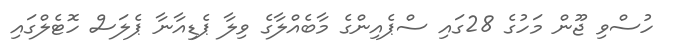
ހުސްވި ޖޫން މަހުގެ 28ގައި ސްޕެއިންގެ މާބެއްލާގެ ވިލާ ޕެޑިއާނާ ޕެލަސް ހޮޓެލްގައި